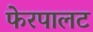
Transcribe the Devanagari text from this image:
फेरपालट